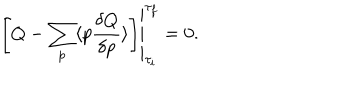
\left. \left[ Q - \sum _ { p } \langle p { \frac { \delta Q } { \delta p } } \rangle \right] \right| _ { { \tau _ { i } } } ^ { \tau _ { f } } = 0 .